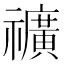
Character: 𥜟